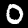
Digit: 0